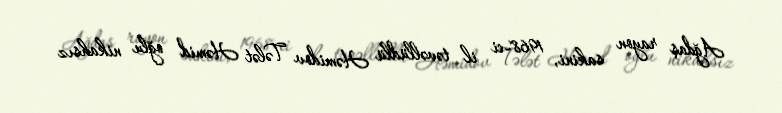
Ağdaş rayon sakini, 1968-ci il təvəllüdlü Həmidov Tələt Həmid oğlu nikahsız